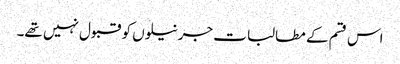
اس قسم کے مطالبات جرنیلوں کو قبول نہیں تھے۔